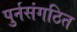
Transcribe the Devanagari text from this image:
पुर्नसंगठित